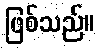
ဖြစ်သည်။